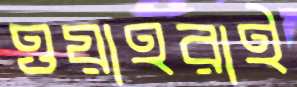
ওয়াহরাই